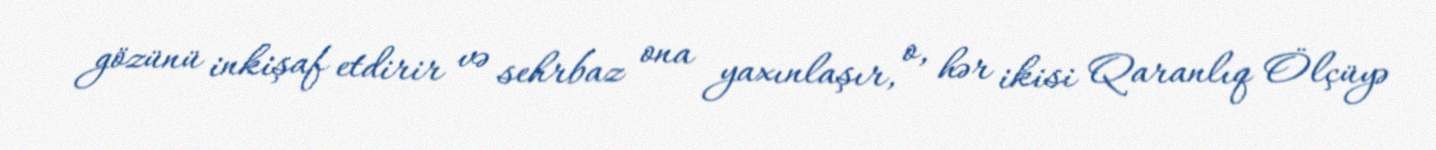
gözünü inkişaf etdirir və sehrbaz ona yaxınlaşır, o, hər ikisi Qaranlıq Ölçüyə